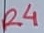
Text: R4